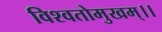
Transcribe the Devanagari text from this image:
विश्वतोमुखम्‌।।